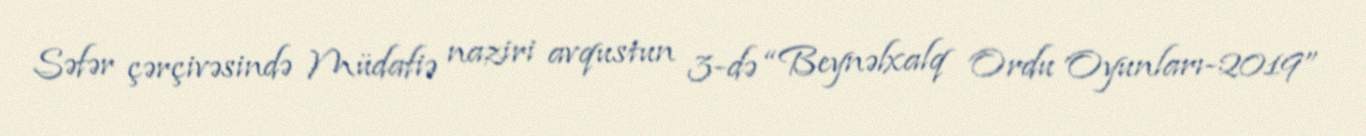
Səfər çərçivəsində Müdafiə naziri avqustun 3-də “Beynəlxalq Ordu Oyunları-2019”